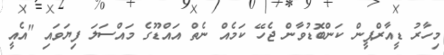
މިހާރު ޑީއާރްޕީން ކަންބޮޑުވާން ޖެހޭ ކަމެއް ނެތް އައްޑޫގެ މައްސަލަ ފިޔަވައި "އެއީ